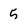
Character: 5